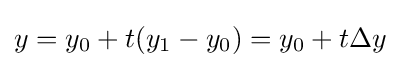
y=y_{0}+t(y_{1}-y_{0})=y_{0}+t\Delta y